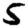
Digit: 5